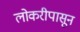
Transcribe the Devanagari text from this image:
लोकरीपासून